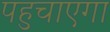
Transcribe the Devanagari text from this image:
पहुचाएगा